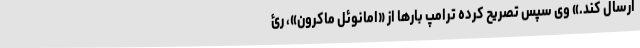
ارسال کند.» وی سپس تصریح کرده ترامپ بارها از «امانوئل ماکرون»، رئ